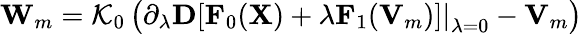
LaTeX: {\mathbf W}_{m}={\cal K}_{0}\left(\left.\partial_{\lambda}{\mathbf D}[{\mathbf F}_{0}({\mathbf X})+\lambda{\mathbf F}_{1}({\mathbf V}_{m})]\right\vert_{\lambda=0}-{\mathbf V}_{m}\right)